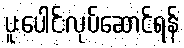
ပူးပေါင်းလုပ်ဆောင်ရန်